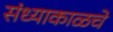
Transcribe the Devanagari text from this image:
संध्याकाळचे